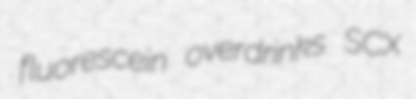
fluorescein overdrinks SCX